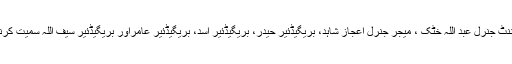
برطرف کیے جانے والوں میں لیفٹننٹ جنرل عبد اللہ خٹک ، میجر جنرل اعجاز شاہد، بریگیڈئیر حیدر، بریگیڈئیر اسد، بریگیڈئیر عامراور بریگیڈئیر سیف اللہ سمیت کرنل حیدر اور میجر نجیب شامل ہیں۔